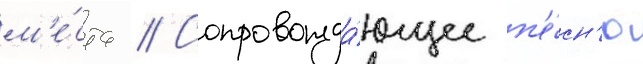
м'е́ста // Сопровожда́ющее п'е́сн'ю